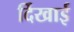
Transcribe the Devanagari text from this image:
र्दिखाई